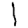
Digit: 1